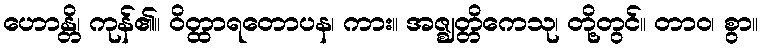
ဟောန္တိ၊ ကုန်၏။ ဝိတ္ထာရတောပန၊ ကား။ အဇ္ဈတ္တိကေသု၊ တို့တွင်။ တာဝ၊ စွာ။